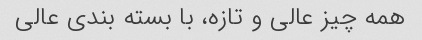
همه چیز عالی و تازه، با بسته بندی عالی